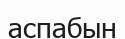
аспабын